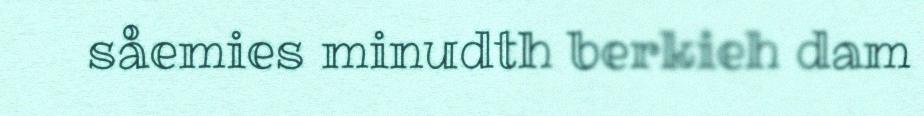
såemies minudth berkieh dam